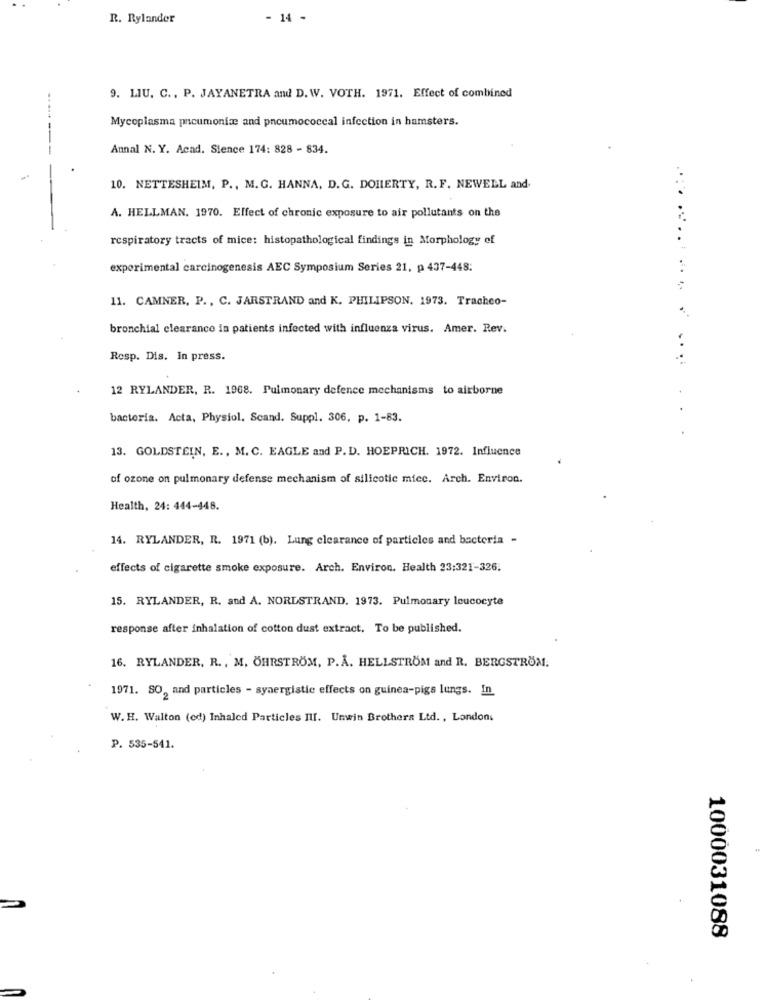
R. Rylander
- 14 -
9. LIU. C ., P. JAYANETRA and D. W. VOTH. 1971. Effect of combined
Mycoplasma pneumoniae and pneumococcal infection in hamsters.
Annal N. Y. Acad. Sience 174: 828 - 834.
10. NETTESHEIM, P ., M.G. HANNA, D.G. DOHERTY, R.F. NEWELL and.
A. HELLMAN. 1970. Effect of chronic exposure to air pollutants on the
respiratory tracts of mice: histopathological findings in Morphology of
experimental carcinogenesis AEC Symposium Series 21, p 437-448:
11. CAMNER, P ., C. JARSTRAND and K. PHILIPSON. 1973. Tracheo-
bronchial clearance in patients infected with influenza virus. Amer. Rev.
Resp. Dis. In press.
....
12 RYLANDER, R. 1968. Pulmonary defence mechanisms to airborne
bacteria. Acta, Physiol. Scand. Suppl. 306, p. 1-83.
13. GOLDSTEIN, E ., M. C. EAGLE and P. D. HOEPRICH. 1972. Influence
of ozone on pulmonary defense mechanism of silicotic mice. Arch. Environ.
Health, 24: 444-448.
14. RYLANDER, R. 1971 (b). Lung clearance of particles and bacteria -
effects of cigarette smoke exposure. Arch. Environ. Health 23:321-326.
15. RYLANDER, R. and A. NORDSTRAND, 1973. Pulmonary leucocyte
response after inhalation of cotton dust extract. To be published.
16. RYLANDER, R ., M. ÖHRSTRÖM, P.A. HELLSTRÖM and R. BERGSTRÖM.
1971. SO, and particles - synergistic effects on guinea-pigs lungs. In
W. H. Walton (od) Inhaled Particles III. Unwin Brothers Ltd. , London.
P. 535-541.
1000031088